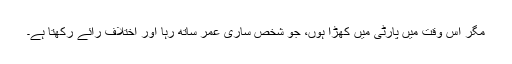
مگر اس وقت میں پارٹی میں کھڑا ہوں، جو شخص ساری عمر ساتھ رہا اور اختلاف رائے رکھتا ہے۔